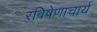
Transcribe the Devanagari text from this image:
रविषेणाचार्य